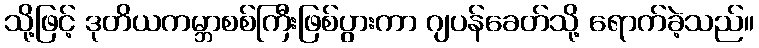
သို့ဖြင့် ဒုတိယကမ္ဘာစစ်ကြီးဖြစ်ပွားကာ ဂျပန်ခေတ်သို့ ရောက်ခဲ့သည်။